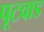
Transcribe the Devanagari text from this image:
पूटवाड